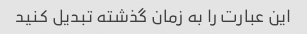
این عبارت را به زمان گذشته تبدیل کنید